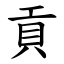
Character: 貢